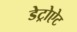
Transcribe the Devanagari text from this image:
डेट्रोऐट